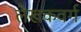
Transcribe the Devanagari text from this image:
लेखकवर्ग